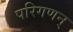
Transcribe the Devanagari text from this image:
परिगणन्